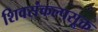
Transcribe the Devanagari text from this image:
शिवसंकल्पसूक्त